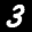
Label: 3